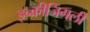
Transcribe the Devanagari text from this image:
इन्क्रीजिंगली